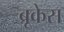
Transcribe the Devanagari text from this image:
ब्रूकेस